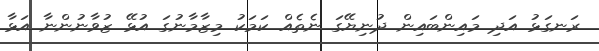
ރަނގަޅު އަދި މައިންބައިން ދުނިޔޭގަ ނެތެއް ކަމަކު މިޒާމާނުގަ އުޅޭ ޒުވާނުންނާ އަޅާ